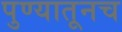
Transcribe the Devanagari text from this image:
पुण्यातूनच